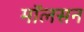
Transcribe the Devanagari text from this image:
मॉलसन